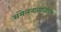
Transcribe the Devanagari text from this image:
संमेलनाव्यतिरिक्त